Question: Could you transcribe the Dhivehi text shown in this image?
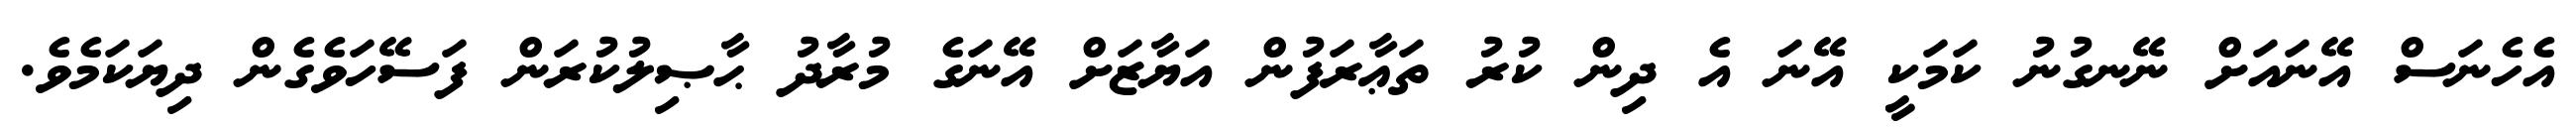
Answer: އެހެނަސް އޭނައަށް ނޭނގުނު ކަމަކީ އޭނަ އެ ދިން ކުރު ތަޢާރަފުން އަޔާޒަށް އޭނަގެ މުރާދު ޙާޞިލުކުރަން ފަސޭހަވެގެން ދިޔަކަމެވެ.